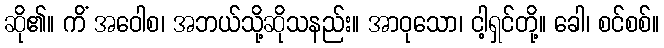
ဆို၏။ ကိံ အဝေါစ၊ အဘယ်သို့ဆိုသနည်း။ အာဝုသော၊ ငါ့ရှင်တို့။ ခေါ၊ စင်စစ်။